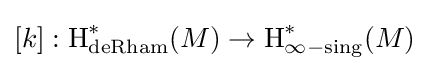
[k]:\operatorname {H} _{\textrm {deRham}}^{*}(M)\to \operatorname {H} _{\infty -\mathrm {sing} }^{*}(M)